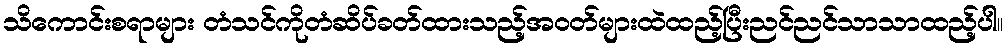
သိကောင်းစရာများ တံသင်ကိုတံဆိပ်ခတ်ထားသည့်အဝတ်များထဲထည့်ပြီးညင်ညင်သာသာထည့်ပါ။